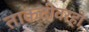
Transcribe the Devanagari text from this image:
ताकदीवरही